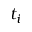
t _ { i }